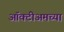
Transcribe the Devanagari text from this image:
ऑक्टीअमच्या